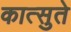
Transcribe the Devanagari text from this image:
कात्सुते